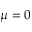
\mu = 0